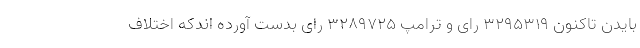
بایدن تاکنون ۳۲۹۵۳۱۹ رای و ترامپ ۳۲۸۹۷۲۵ رای بدست آورده اندکه اختلاف